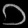
Digit: ၁